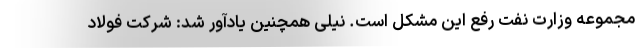
مجموعه وزارت نفت رفع این مشکل است. نیلی همچنین یادآور شد: شرکت فولاد